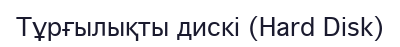
Тұрғылықты дискі (Hard Disk)